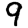
Digit: 9